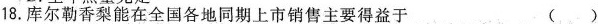
18.库尔勒香梨能在全国各地同期上市销售主要得益于（ ）